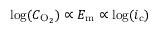
\log ( C _ { \mathrm { O } _ { 2 } } ) \propto E _ { \mathrm { m } } \propto \log ( i _ { \mathrm { c } } )